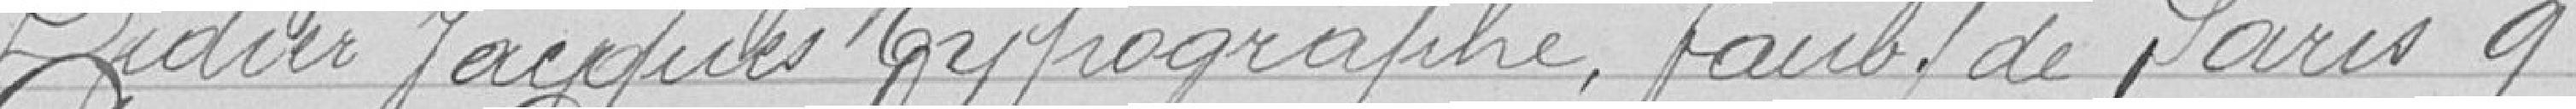
Didier Jacques, Reprographe, Faubourg de Paris 9